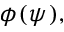
\phi ( \psi ) ,